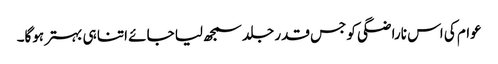
عوام کی اس ناراضگی کو جس قدر جلد سمجھ لیا جائے اتنا ہی بہتر ہوگا۔